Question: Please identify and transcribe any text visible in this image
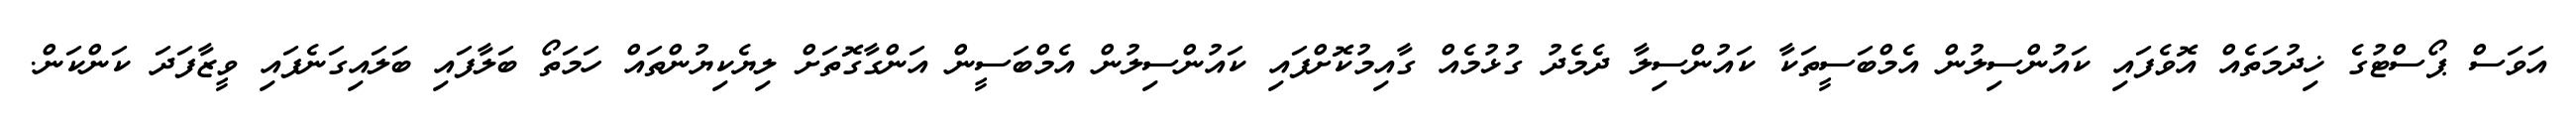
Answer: އަވަސް ޕޯސްޓުގެ ޚިދުމަތެއް އޮވެފައި ކައުންސިލުން އެމްބަސީތަކާ ކައުންސިލާ ދެމެދު ގުޅުމެއް ގާއިމުކޮށްފައި ކައުންސިލުން އެމްބަސީން އަންގާގޮތަށް ލިޔެކިޔުންތައް ހަމަތޯ ބަލާފައި ބަލައިގަނެފައި ވީޒާފަދަ ކަންކަން.